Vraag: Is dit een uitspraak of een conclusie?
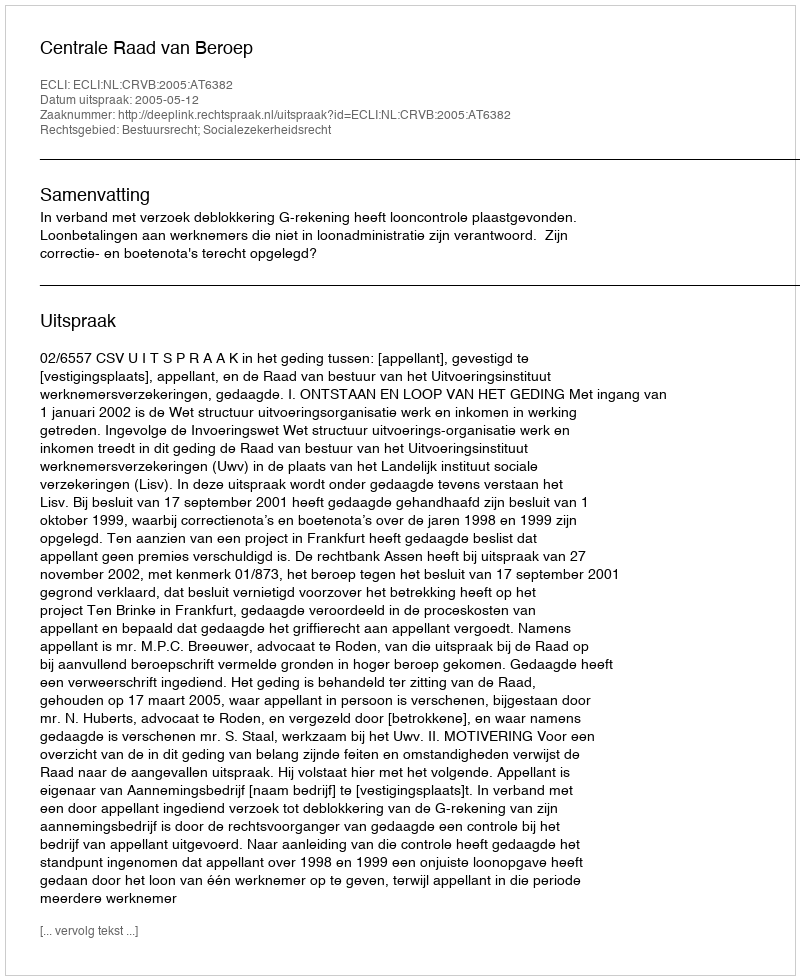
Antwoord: Uitspraak